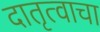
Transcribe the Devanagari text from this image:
दातृत्वाचा